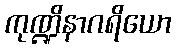
ကုဏ္ဍိနာဂရိယော